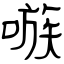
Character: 嗾